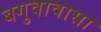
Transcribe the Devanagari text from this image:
बगुवावासा